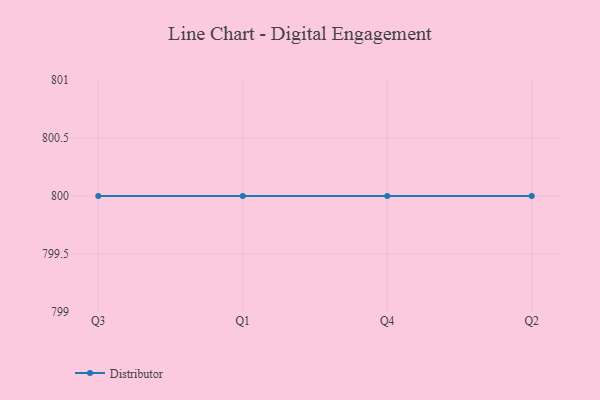
{"axis": {"x": "Quarter", "y": "Satisfaction Score"}, "legend": ["Distributor"], "data": [{"x": "Q3", "y": 800, "type": "Distributor"}, {"x": "Q1", "y": 800, "type": "Distributor"}, {"x": "Q4", "y": 800, "type": "Distributor"}, {"x": "Q2", "y": 800, "type": "Distributor"}]}